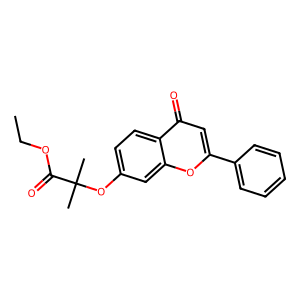
SMILES: CCOC(=O)C(C)(C)Oc1ccc2c(=O)cc(-c3ccccc3)oc2c1
Inhibits HIV replication: No